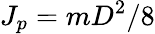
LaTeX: J_{p}=mD^{2}/8